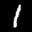
Label: 1